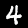
Label: 4